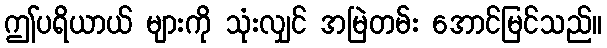
ဤပရိယာယ် များကို သုံးလျှင် အမြဲတမ်း အောင်မြင်သည်။